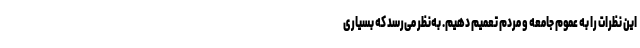
این نظرات را به عموم جامعه و مردم تعمیم دهیم. به‌نظر می‌رسد که بسیاری